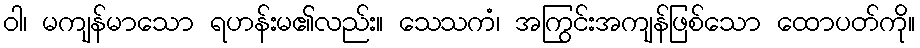
ဝါ၊ မကျန်မာသော ရဟန်းမ၏လည်း။ သေသကံ၊ အကြွင်းအကျန်ဖြစ်သော ထောပတ်ကို။